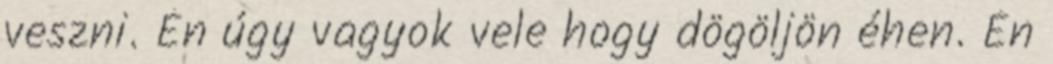
veszni. Én úgy vagyok vele hogy dögöljön éhen. Én